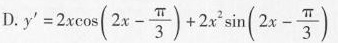
D.$$y ' = 2 x \cos ( 2 x - \frac { π } { 3 } ) + 2 x ^ { 2 } \sin ( 2 x - \frac { π } { 3 } )$$